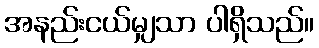
အနည်းငယ်မျှသာ ပါရှိသည်။